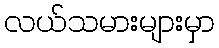
လယ်သမားများမှာ